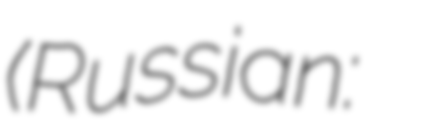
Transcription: (Russian: Рамазан